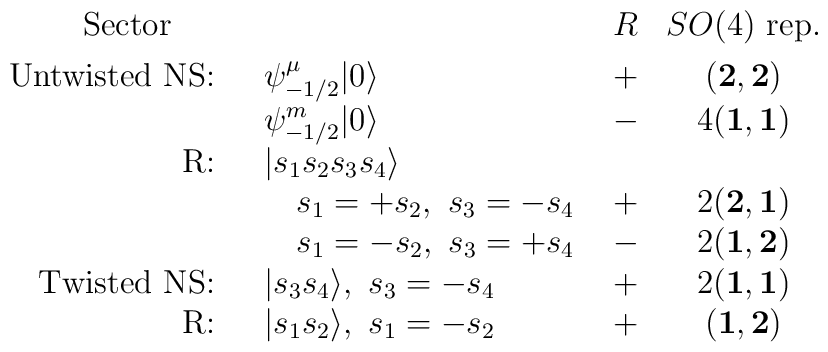
\begin{array}{rlcc}\mbox{Sector$\qquad$}&&R&SO(4)\mbox{ rep.}\\[4pt]\mbox{Untwisted NS:\ \ }&\psi_{-1/2}^\mu|0\rangle &+&({\bf 2},{\bf 2})\\&\psi_{-1/2}^m|0\rangle &-&4({\bf 1},{\bf 1})\\\mbox{R:\ \ }&|s_1s_2s_3s_4\rangle &&\\&\quad s_1=+s_2,\ s_3=-s_4\ &+&2({\bf 2},{\bf 1})\\&\quad s_1=-s_2,\ s_3=+s_4\ &-&2({\bf 1},{\bf 2})\\\mbox{Twisted NS:\ \ }&|s_3s_4\rangle,\ s_3 = -s_4&+&2({\bf 1},{\bf1})\\\mbox{R:\ \ }&|s_1s_2\rangle,\ s_1 = -s_2&+&({\bf 1},{\bf 2})\\\end{array}